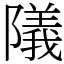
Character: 䧧